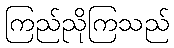
ကြည်ညိုကြသည်